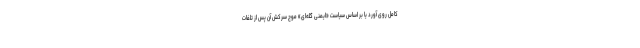
کامل روی آورد یا بر اساس سیاست «ایمنی گله‌ای» موج سرکش آن پس از تلفات